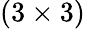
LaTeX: \left(3\times 3\right)